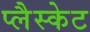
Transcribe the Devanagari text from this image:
प्लैस्केट